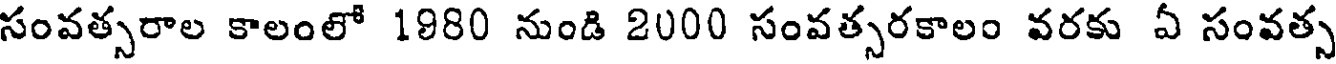
సంవత్సరాల కాలంలో 1880 నుండి 2000 సంవత్సరకాలం వరకు ఏ సంవత్స